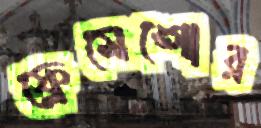
ফ্লেমেঙ্গোর